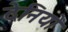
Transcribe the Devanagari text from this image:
देनियो